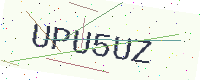
Text: UPU5UZ